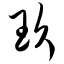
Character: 玖